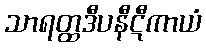
သာရတ္ထဒီပနီဋီကာယံ